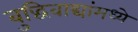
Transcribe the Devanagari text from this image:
बुद्धिवाद्यांंमध्ये